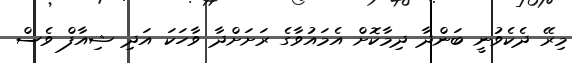
މިރޭ ދެކެވުނީ ބަންދާ ދިމާކޮށް އެމައުވާގެ ރަށަށްދާ ވާހަކަ އަދި ޝިއާފް ވެސް